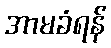
အာမခံရန်